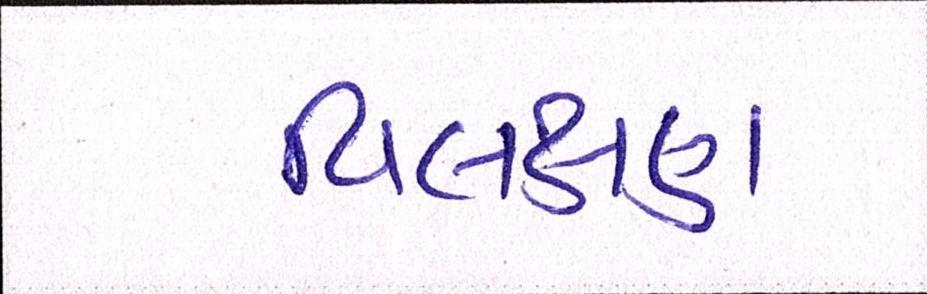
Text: વિલક્ષણ